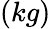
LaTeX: \left(kg\right)